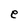
Character: e